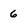
Character: 6